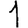
Digit: 1